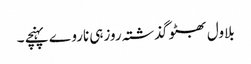
بلاول بھٹو گذشتہ روزہی ناروے پہنچے ۔